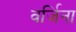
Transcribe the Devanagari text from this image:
वर्जिना